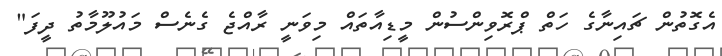
އެގޮތުން ޗައިނާގެ ހަތް ޕްރޮވިންސުން މީޑިއާތައް މިވަނީ ރާއްޖެ ގެނެސް މައުލޫމާތު ދީފަ"